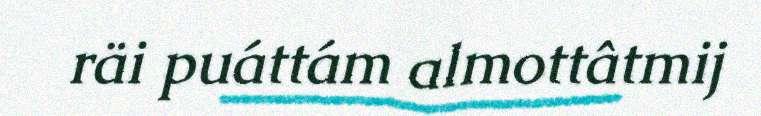
räi puáttám almottâtmij